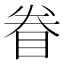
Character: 眷